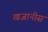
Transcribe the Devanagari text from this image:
खजानीस